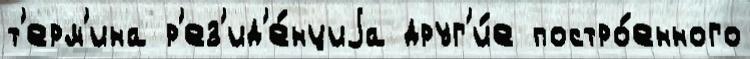
т'ерм'ина р'ез'ид'е́нциjа друг'и́е постро́енного